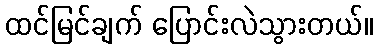
ထင်မြင်ချက် ပြောင်းလဲသွားတယ်။